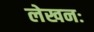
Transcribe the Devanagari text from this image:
लेखनः